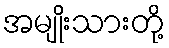
အမျိုးသားတို့